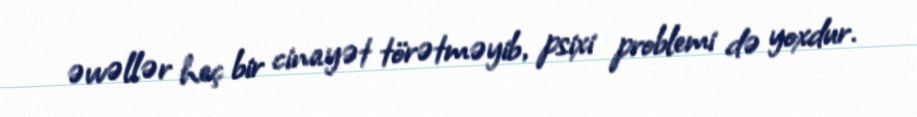
əvvəllər heç bir cinayət törətməyib, psixi problemi də yoxdur.